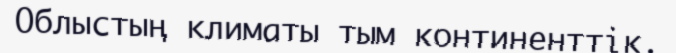
Облыстың климаты тым континенттік.